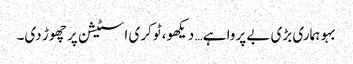
بہو ہماری بڑی بے پروا ہے… دیکھو، ٹوکری اسٹیشن پر چھوڑ دی۔